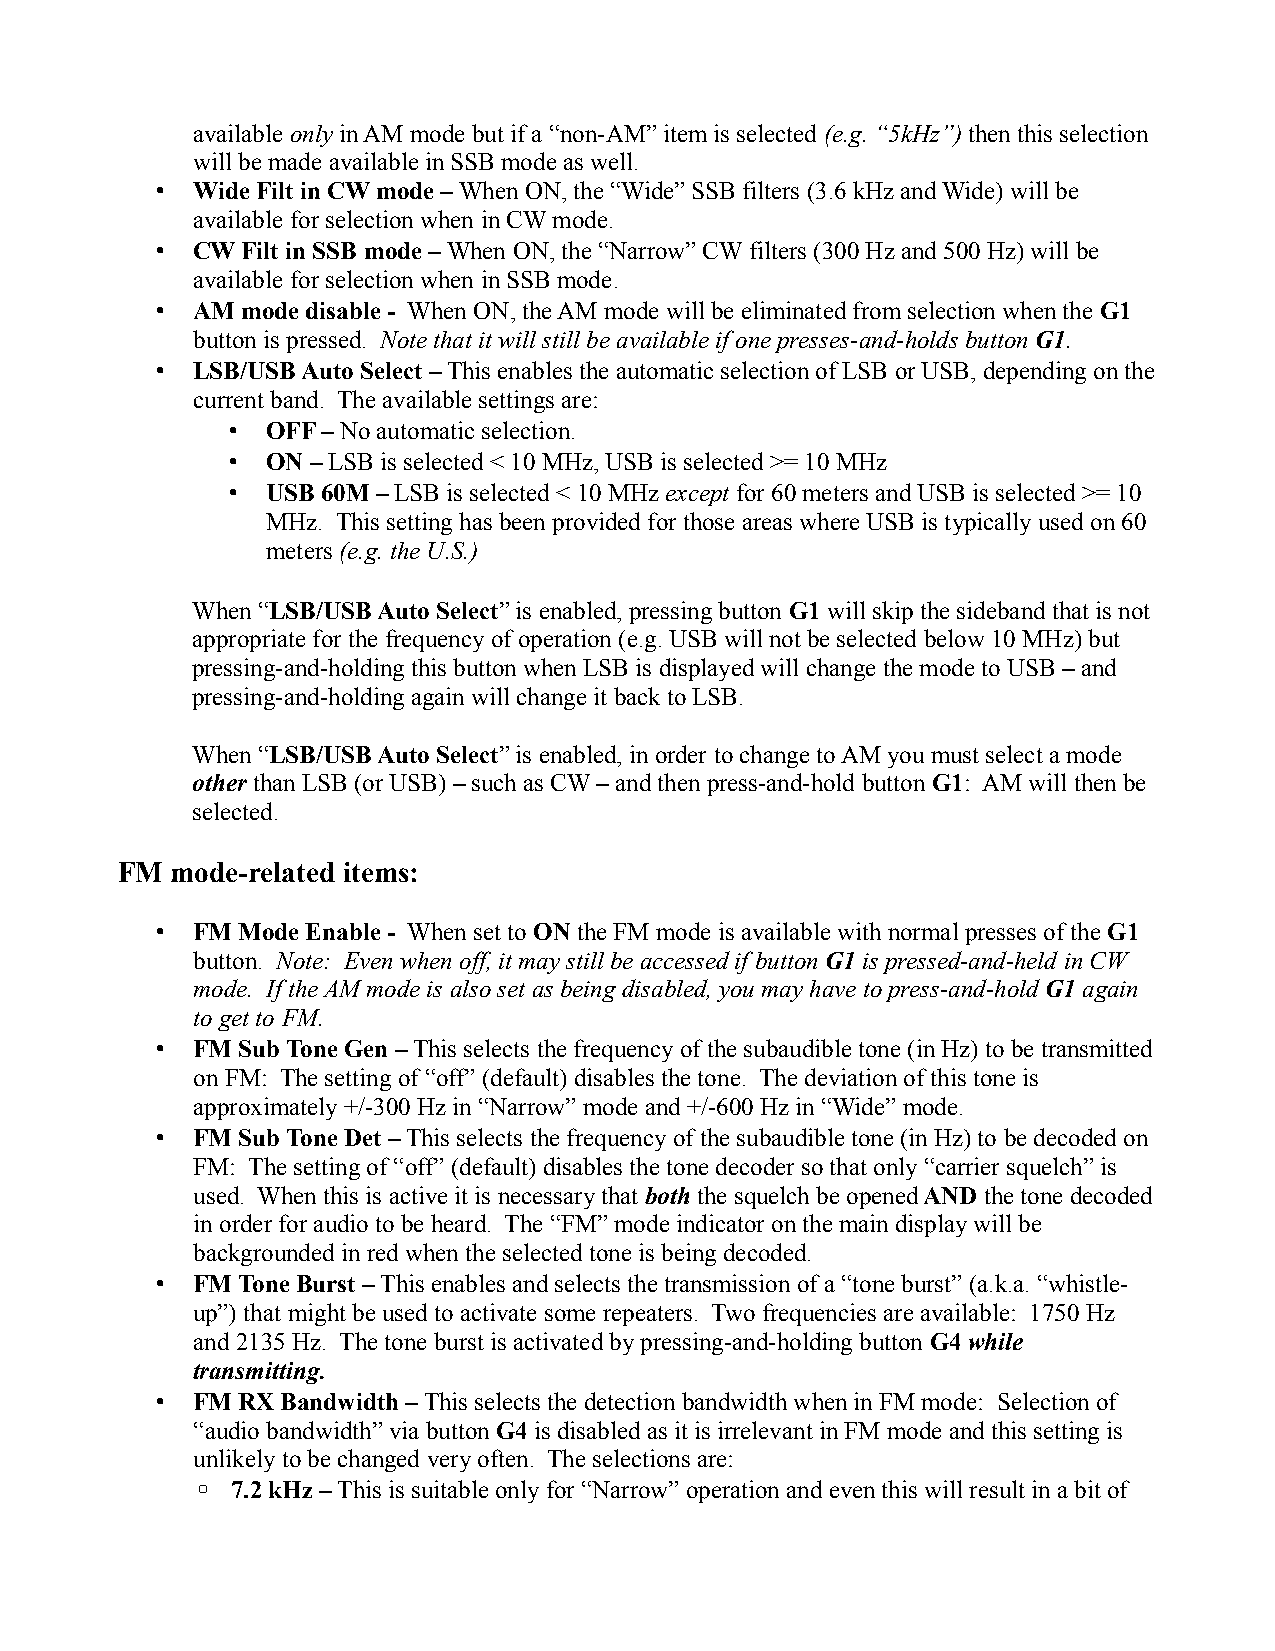
available only in AM mode but if a “non-AM” item is selected (e.g. “5kHz”) then this selection
 will be made available in SSB mode as well.
 •  Wide Filt in CW mode – When ON, the “Wide” SSB filters (3.6 kHz and Wide) will be
 available for selection when in CW mode.
 •  CW Filt in SSB mode – When ON, the “Narrow” CW filters (300 Hz and 500 Hz) will be
 available for selection when in SSB mode.
 •  AM mode disable - When ON, the AM mode will be eliminated from selection when the G1
 button is pressed. Note that it will still be available if one presses-and-holds button G1.
 •  LSB/USB Auto Select – This enables the automatic selection of LSB or USB, depending on the
 current band. The available settings are:
 •  OFF – No automatic selection.
 •  ON – LSB is selected < 10 MHz, USB is selected >= 10 MHz
 •  USB 60M – LSB is selected < 10 MHz except for 60 meters and USB is selected >= 10
 MHz. This setting has been provided for those areas where USB is typically used on 60
 meters (e.g. the U.S.)
 When “LSB/USB Auto Select” is enabled, pressing button G1 will skip the sideband that is not
 appropriate for the frequency of operation (e.g. USB will not be selected below 10 MHz) but
 pressing-and-holding this button when LSB is displayed will change the mode to USB – and
 pressing-and-holding again will change it back to LSB.
 When “LSB/USB Auto Select” is enabled, in order to change to AM you must select a mode
 other than LSB (or USB) – such as CW – and then press-and-hold button G1: AM will then be
 selected.
 FM mode-related items:
 •  FM Mode Enable - When set to ON the FM mode is available with normal presses of the G1
 button. Note: Even when off, it may still be accessed if button G1 is pressed-and-held in CW
 mode. If the AM mode is also set as being disabled, you may have to press-and-hold G1 again
 to get to FM.
 •  FM Sub Tone Gen – This selects the frequency of the subaudible tone (in Hz) to be transmitted
 on FM: The setting of “off” (default) disables the tone. The deviation of this tone is
 approximately +/-300 Hz in “Narrow” mode and +/-600 Hz in “Wide” mode.
 •  FM Sub Tone Det – This selects the frequency of the subaudible tone (in Hz) to be decoded on
 FM: The setting of “off” (default) disables the tone decoder so that only “carrier squelch” is
 used. When this is active it is necessary that both the squelch be opened AND the tone decoded
 in order for audio to be heard. The “FM” mode indicator on the main display will be
 backgrounded in red when the selected tone is being decoded.
 •  FM Tone Burst – This enables and selects the transmission of a “tone burst” (a.k.a. “whistle-
 up”) that might be used to activate some repeaters. Two frequencies are available: 1750 Hz
 and 2135 Hz. The tone burst is activated by pressing-and-holding button G4 while
 transmitting.
 •  FM RX Bandwidth – This selects the detection bandwidth when in FM mode: Selection of
 “audio bandwidth” via button G4 is disabled as it is irrelevant in FM mode and this setting is
 unlikely to be changed very often. The selections are:
 ◦ 7.2 kHz – This is suitable only for “Narrow” operation and even this will result in a bit of